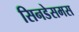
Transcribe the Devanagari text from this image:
सिनडेसमस